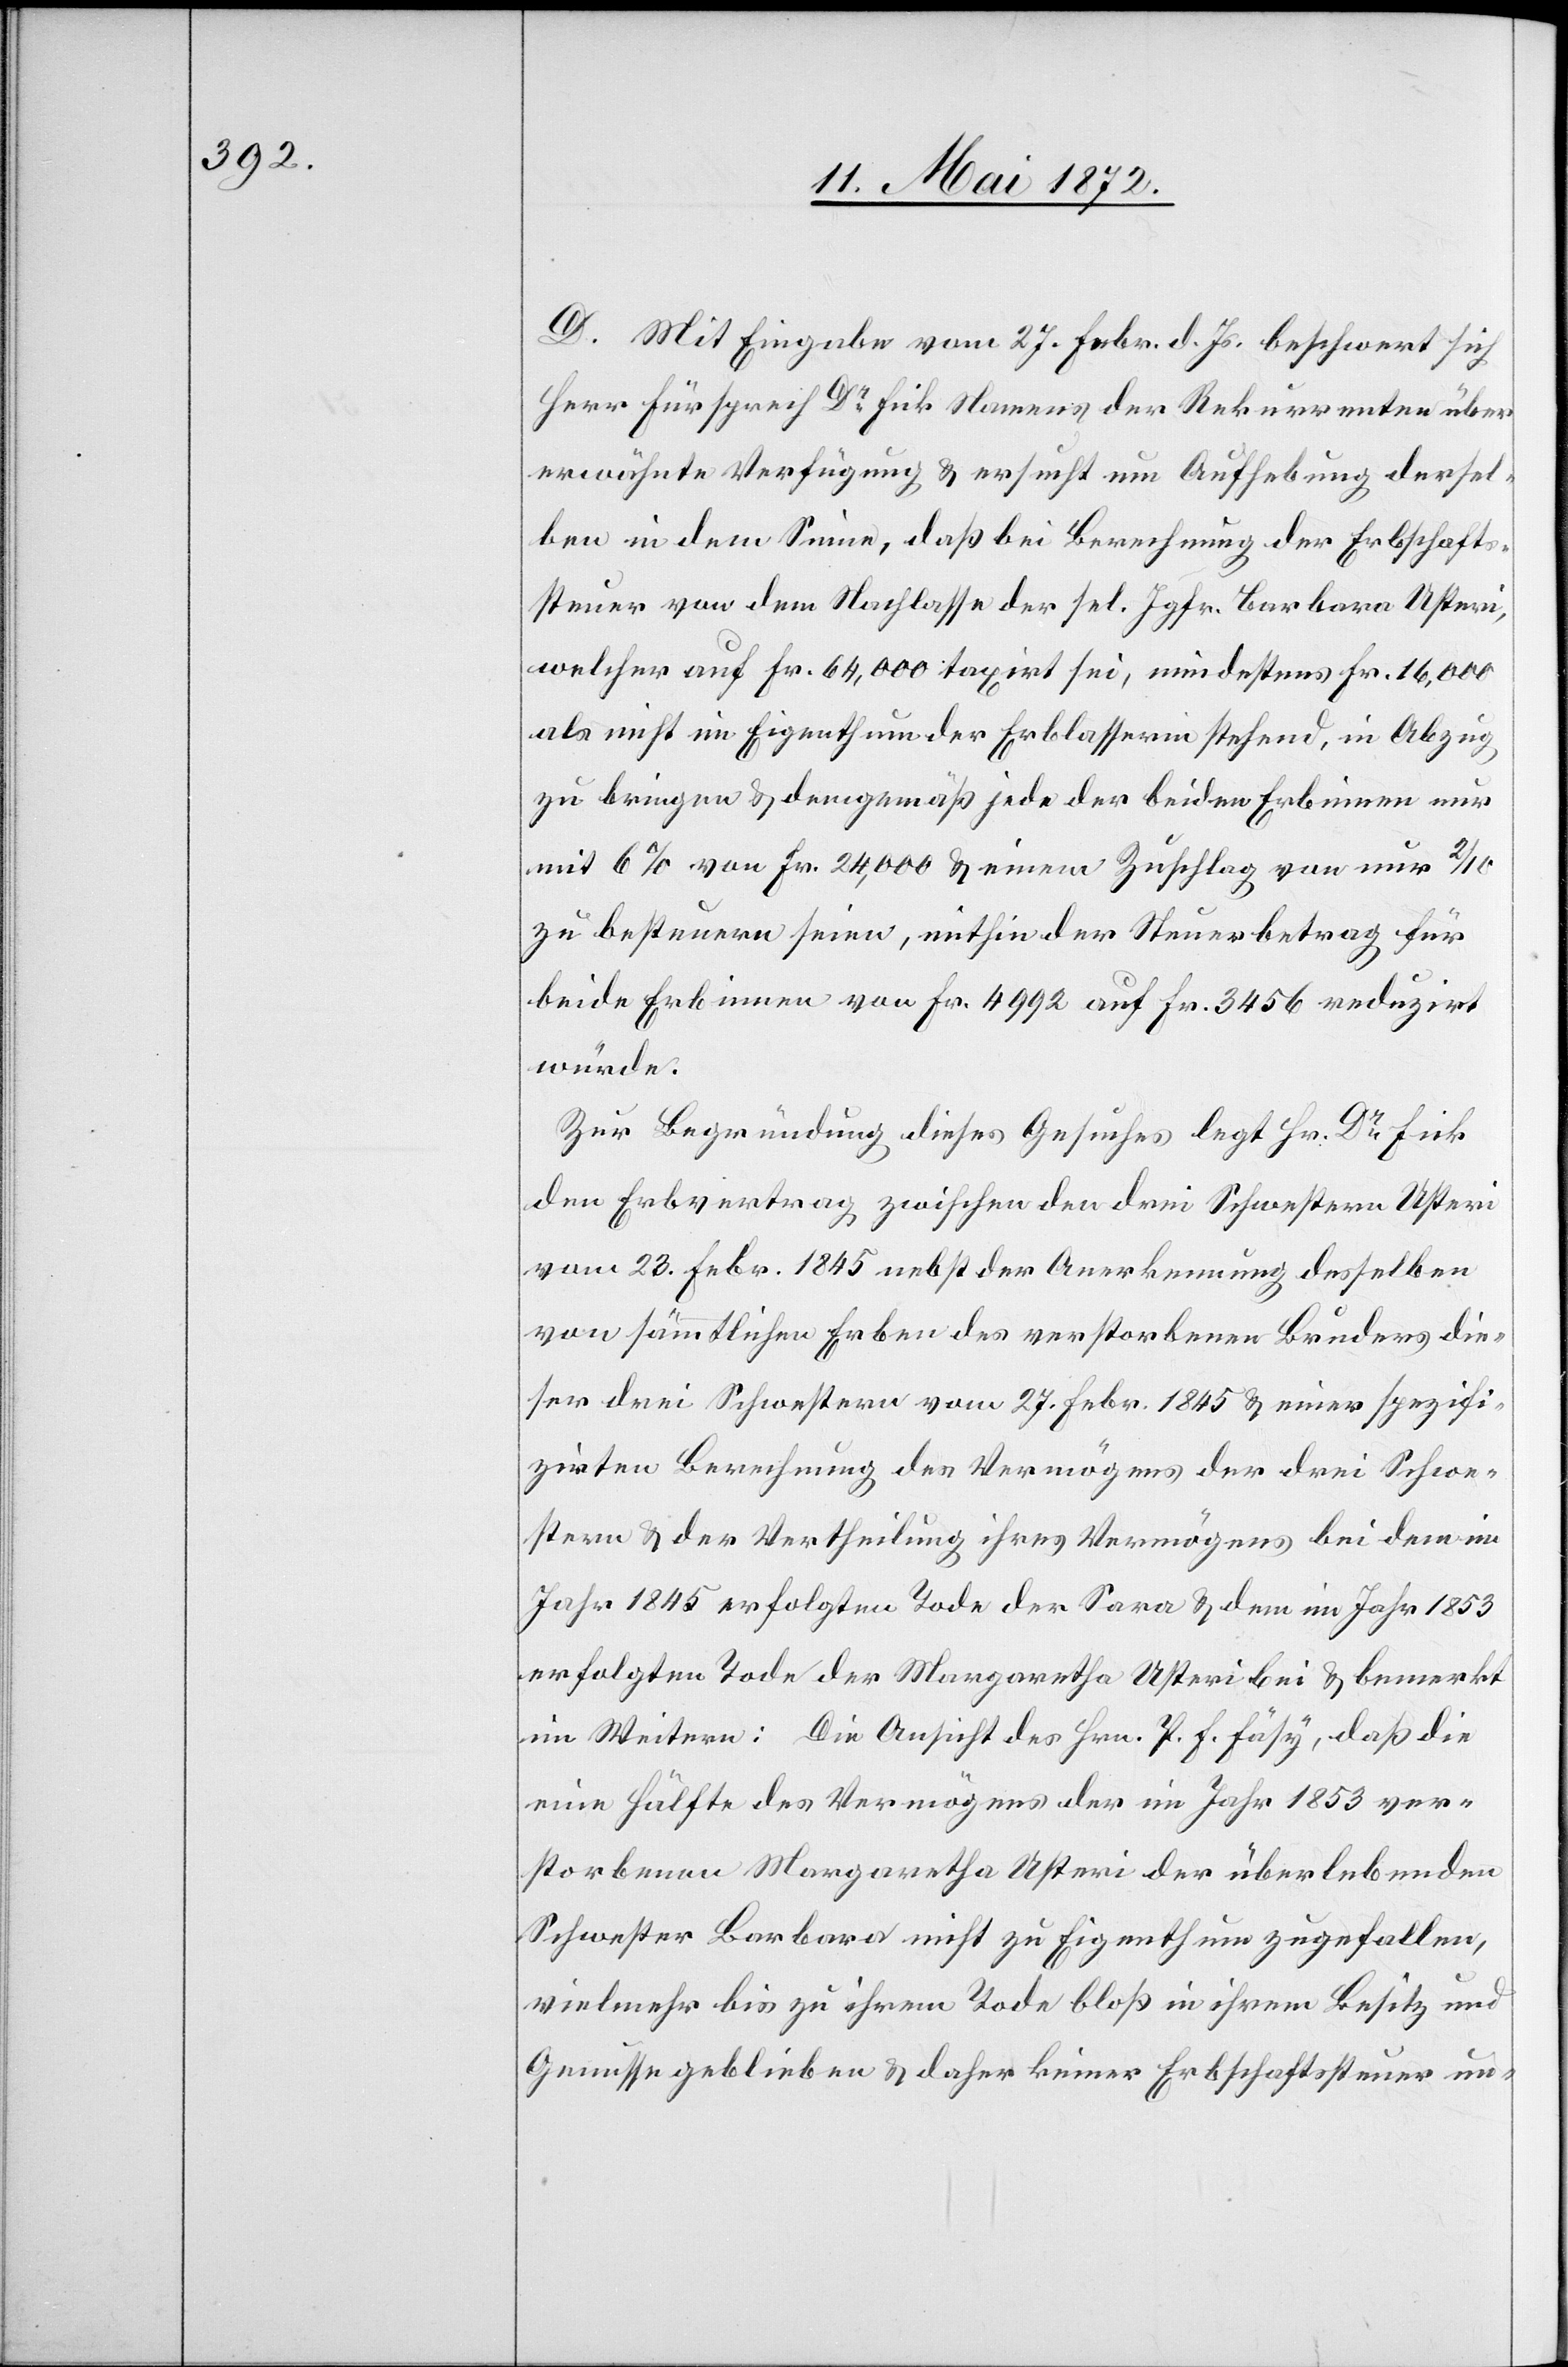
D. Mit Eingabe vom 27. Febr. d. Js. beschwert sich
Herr Fürsprech Dr Fick Namens der Rekurrenten über
erwähnte Verfügung u. ersucht um Aufhebung dersel¬
ben in dem Sinne, daß bei Berechnung der Erbschafts¬
steuer von dem Nachlasse der sel. Jgfr. Barbara Usteri,
welcher auf Fr. 64,000 taxirt sei, mindestens Fr. 16,000
als nicht im Eigenthum der Erblasserin stehend, in Abzug
zu bringen u. demgemäß jede der beiden Erbinnen nur
mit 6 % von Fr. 24,000 u. jenem Zuschlag von nur 2/10
zu besteuern seien, mithin der Steuerbetrag für
beide Erbinnen von Fr. 4992 auf Fr. 3456 reduzirt
würde.
Zur Begründung dieses Gesuches legt Hr. Dr Fick
den Erbvertrag zwischen den drei Schwestern Usteri
vom 23. Febr. 1845 nebst der Anerkennung desselben
von sämmtlichen Erben des verstorbenen Bruders die¬
ser drei Schwestern vom 27. Febr. 1845 u. einer spezifi¬
zirten Berechnung des Vermögens der drei Schwe¬
stern u. der Vertheilung ihres Vermögens bei dem im
Jahr 1845 erfolgten Tode der Sara u. dem im Jahr 1853
erfolgten Tode der Margaretha Usteri u. bemerkt
im Weitern: Die Ansicht des Hrn. P. F. Fäsy, daß die
eine Hälfte des Vermögens der im Jahr 1853 ver¬
storbenen Margaretha Usteri der überlebenden
Schwester Barbara nicht zu Eigenthum zugefallen,
vielmehr bis zu ihrem Tode bloß in ihrem Besitz und
Genusse geblieben u. daher keiner Erbschaftssteuer un-